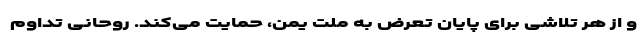
و از هر تلاشی برای پایان تعرض به ملت یمن، حمایت می‌کند. روحانی تداوم